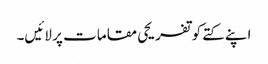
اپنے کتے کو تفریحی مقامات پر لائیں۔